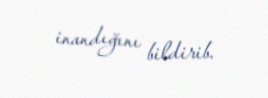
inandığını bildirib.